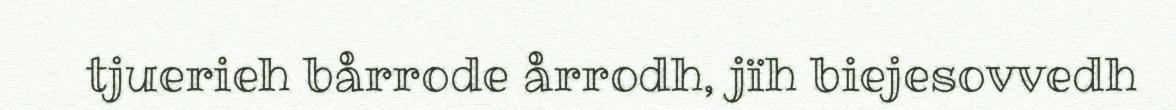
tjuerieh bårrode årrodh, jïh biejesovvedh